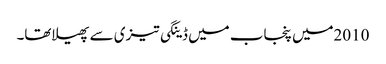
2010میں پنجاب میں ڈینگی تیزی سے پھیلاتھا۔